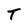
Character: T